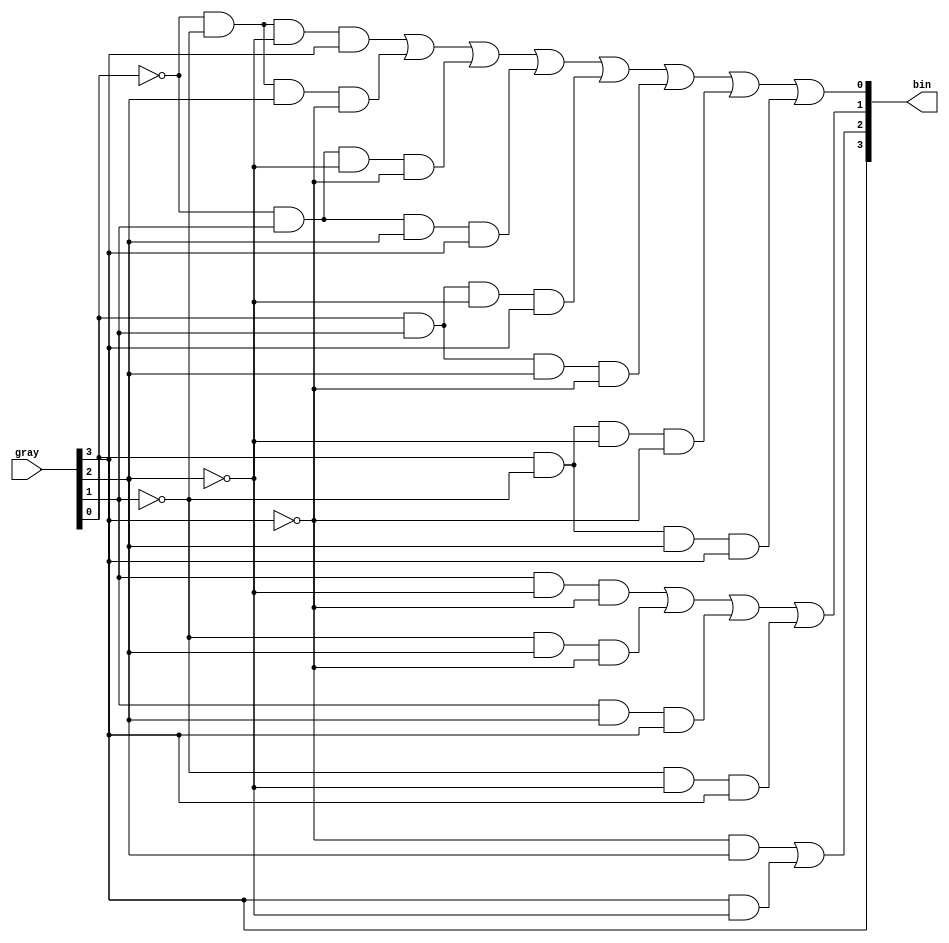
// John Hubbard, 24 Oct 2014
// hw5 assignment for Verilog 0764 class: Problem 4.4.4: Gray code to
// binary converter
//

// Structural Verilog version, as required by the problem statement:

module gray2bin(gray, bin);
    input [3:0]gray;
    output [3:0]bin;

    wire [12:0]x;
    wire [3:0]not_gray;

    not i0(not_gray[0], gray[0]);
    not i1(not_gray[1], gray[1]);
    not i2(not_gray[2], gray[2]);
    not i3(not_gray[3], gray[3]);

    // bit 0:
    and a0(x0,   not_gray[0], not_gray[1], not_gray[2], gray[3]);
    and a1(x1,   not_gray[0], not_gray[1], gray[2], not_gray[3]);
    and a2(x2,   not_gray[0], gray[1], not_gray[2], not_gray[3]);
    and a3(x3,   not_gray[0], gray[1], gray[2], gray[3]);

    and a4(x4,   gray[0], gray[1], not_gray[2], gray[3]);
    and a5(x5,   gray[0], gray[1], gray[2], not_gray[3]);
    and a6(x6,   gray[0], not_gray[1], not_gray[2], not_gray[3]);
    and a7(x7,   gray[0], not_gray[1], gray[2], gray[3]);
    or b0(bin[0], x0, x1, x2, x3, x4, x5, x6, x7);

    // bit 1:
    and a8(x8,   gray[1], not_gray[2], not_gray[3]);
    and a9(x9,   not_gray[1], gray[2], not_gray[3]);
    and a10(x10, gray[1], gray[2], gray[3]);
    and a11(x11, not_gray[1], not_gray[2], gray[3]);
    or b1(bin[1], x8, x9, x10, x11);

    // bit 2:
    and a12(x12, not_gray[3], gray[2]);
    and a13(x13, gray[3], not_gray[2]);
    or b2(bin[2], x12, x13);

    // bit 3:
    buf b3(bin[3], gray[3]);

 endmodule